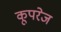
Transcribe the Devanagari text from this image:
कूपरेज